Vaccination in the Punjab 1867-1880 - 1867-1880
Year: 1867
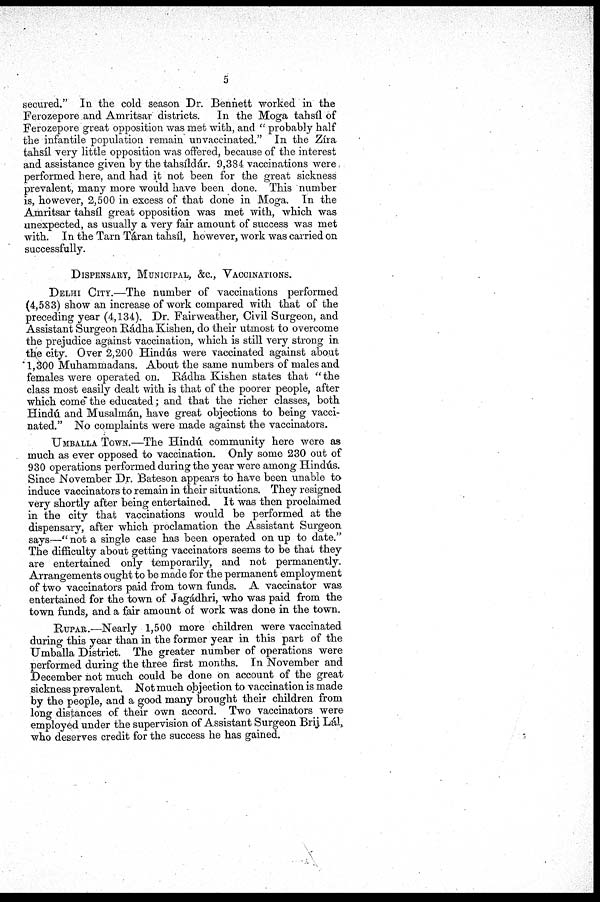
5
secured." In the cold season Dr. Bennett worked in the
Ferozepore and Amritsar districts. In the Moga tahsíl of
Ferozepore great opposition was met with, and "probably half
the infantile population remain unvaccinated." In the Zíra
tahsíl very little opposition was offered, because of the interest
and assistance given by the tahsíldár. 9,384 vaccinations were
performed here, and had it not been for the great sickness
prevalent, many more would have been done. This number
is, however, 2,500 in excess of that done in Moga. In the
Amritsar tahsíl great opposition was met with, which was
unexpected, as usually a very fair amount of success was met
with. In the Tarn Táran tahsíl, however, work was carried on
successfully.
DISPENSARY, MUNICIPAL, &C., VACCINATIONS.
DELHI CITY.—The number of vaccinations performed
(4,583) show an increase of work compared with that of the
preceding year (4,134). Dr. Fairweather, Civil Surgeon, and
Assistant Surgeon Rádha Kishen, do their utmost to overcome
the prejudice against vaccination, which is still very strong in
the city. Over 2,200 Hindús were vaccinated against about
1,300 Muhammadans. About the same numbers of males and
females were operated on. Rádha Kishen states that "the
class most easily dealt with is that of the poorer people, after
which come the educated; and that the richer classes, both
Hindú and Musalmán, have great objections to being vacci-
nated." No complaints were made against the vaccinators.
UMBALLA TOWN.—The Hindú community here were as
much as ever opposed to vaccination. Only some 230 out of
930 operations performed during the year were among Hindús.
Since November Dr. Bateson appears to have been unable to
induce vaccinators to remain in their situations. They resigned
very shortly after being entertained. It was then proclaimed
in the city that vaccinations would be performed at the
dispensary, after which proclamation the Assistant Surgeon
says—"not a single case has been operated on up to date."
The difficulty about getting vaccinators seems to be that they
are entertained only temporarily, and not permanently.
Arrangements ought to be made for the permanent employment
of two vaccinators paid from town funds. A vaccinator was
entertained for the town of Jagádhri, who was paid from the
town funds, and a fair amount of work was done in the town.
RUPAR.—Nearly 1,500 more children were vaccinated
during this year than in the former year in this part of the
Umballa District. The greater number of operations were
performed during the three first months. In November and
December not much could be done on account of the great
sickness prevalent. Not much objection to vaccination is made
by the people, and a good many brought their children from
long distances of their own accord. Two vaccinators were
employed under the supervision of Assistant Surgeon Brij Lál
who deserves credit for the success he has gained.